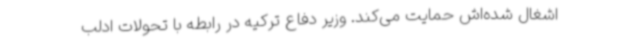
اشغال شده‌اش حمایت می‌کند. وزیر دفاع ترکیه در رابطه با تحولات ادلب